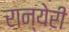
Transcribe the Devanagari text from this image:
रान्येरी